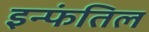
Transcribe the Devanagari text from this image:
इन्फंतिल